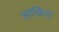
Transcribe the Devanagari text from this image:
आकिरा